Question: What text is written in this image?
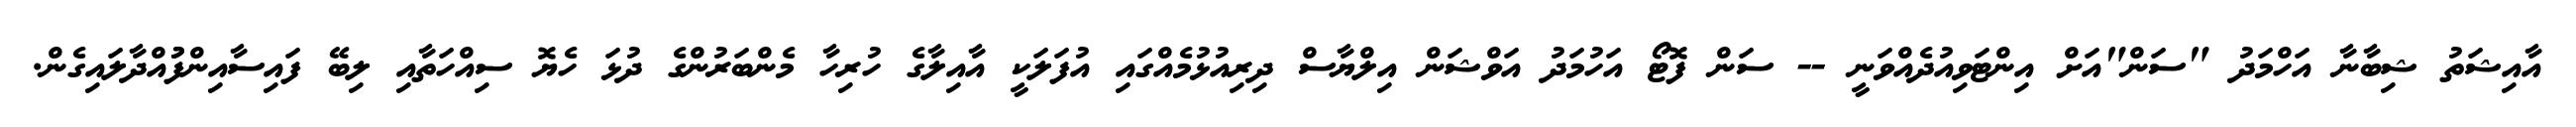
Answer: އާއިޝަތު ޝިބާނާ އަހްމަދު "ސަން"އަށް އިންޓަވިއުދެއްވަނީ -- ސަން ފޮޓޯ އަހުމަދު އަވްޝަން އިލްޔާސް ދިރިއުޅުމެއްގައި އުފަލަކީ އާއިލާގެ ހުރިހާ މެންބަރުންގެ ދުޅަ ހެޔޮ ސިއްހަތާއި ލިބޭ ފައިސާއިންފުުއްދާލައިގެން.